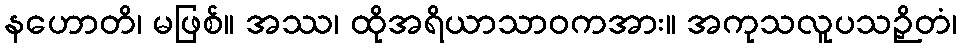
နဟောတိ၊ မဖြစ်။ အဿ၊ ထိုအရိယာသာဝကအား။ အကုသလူပသဉှိတံ၊